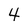
Character: 4